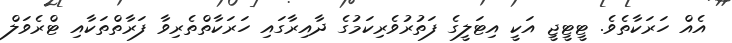
އެއް ހަރަކާތެވެ. ޓީޓީޖީ އަކީ އިޓަލީގެ ފަތުރުވެރިކަމުގެ ދާއިރާގައި ހަރަކާތްތެރިވާ ފަރާތްތަކާއި ޓްރެވަލް